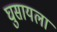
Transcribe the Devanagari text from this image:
घुसायला